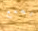
تتجمع